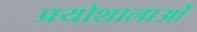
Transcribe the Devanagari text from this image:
प्रयोशालाओं